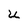
Character: U